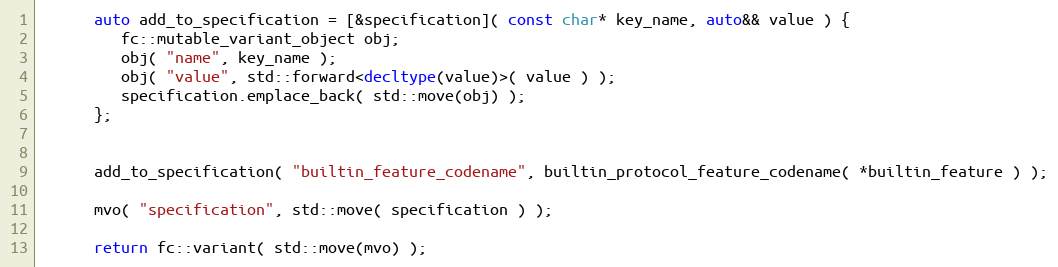
Language: C++
      auto add_to_specification = [&specification]( const char* key_name, auto&& value ) {
         fc::mutable_variant_object obj;
         obj( "name", key_name );
         obj( "value", std::forward<decltype(value)>( value ) );
         specification.emplace_back( std::move(obj) );
      };

      add_to_specification( "builtin_feature_codename", builtin_protocol_feature_codename( *builtin_feature ) );

      mvo( "specification", std::move( specification ) );

      return fc::variant( std::move(mvo) );